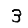
Digit: 3